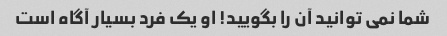
شما نمی توانید آن را بگویید! او یک فرد بسیار آگاه است